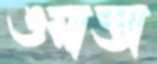
ওয়াস্তা